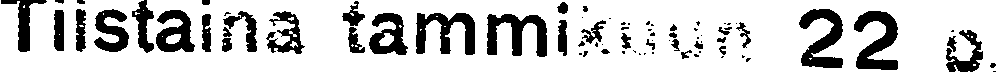
Tiistaina tammikuun 22 p.